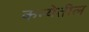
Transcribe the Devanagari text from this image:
कन्येतील